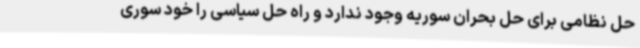
حل نظامی برای حل بحران سوریه وجود ندارد و راه حل سیاسی را خود سوری